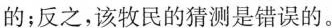
的；反之，该牧民的猜测是错误的。